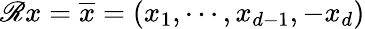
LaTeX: \mathscr{R}x=\overline{{x}}=(x_{1},\cdots,x_{d-1},-x_{d})